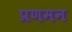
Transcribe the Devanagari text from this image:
प्रणमन